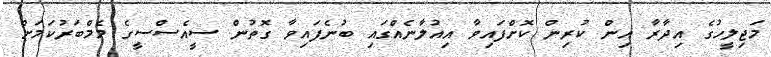
މަޖިލީހުގެ އިދާރާ އިން ކުރިން ކޮށްފައިވާ އިއުލާނެއްގައި ބުނެފައިވާ ގޮތުން ސީއެސްސީގެ މެމްބަރުކަމަށް